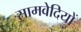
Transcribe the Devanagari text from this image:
सामवेदियों